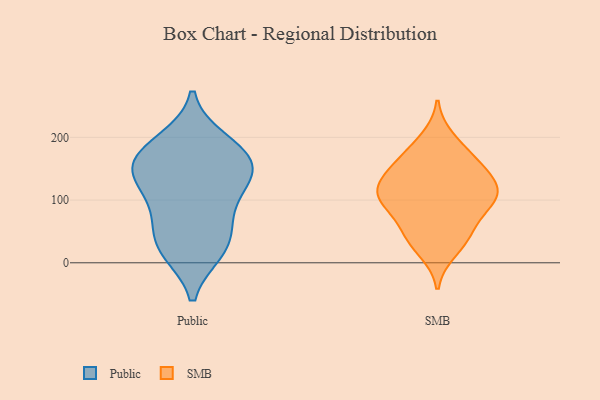
{"axis": {"x": "Bounce Rate (%)", "y": "Value"}, "legend": ["Public", "SMB"], "data": [{"x": "", "y": 182, "type": "Public"}, {"x": "", "y": 68, "type": "Public"}, {"x": "", "y": 142, "type": "Public"}, {"x": "", "y": 143, "type": "Public"}, {"x": "", "y": 194, "type": "Public"}, {"x": "", "y": 142, "type": "Public"}, {"x": "", "y": 19, "type": "Public"}, {"x": "", "y": 154, "type": "Public"}, {"x": "", "y": 23, "type": "Public"}, {"x": "", "y": 29, "type": "Public"}, {"x": "", "y": 80, "type": "Public"}, {"x": "", "y": 113, "type": "Public"}, {"x": "", "y": 175, "type": "Public"}, {"x": "", "y": 107, "type": "SMB"}, {"x": "", "y": 175, "type": "SMB"}, {"x": "", "y": 100, "type": "SMB"}, {"x": "", "y": 197, "type": "SMB"}, {"x": "", "y": 89, "type": "SMB"}, {"x": "", "y": 116, "type": "SMB"}, {"x": "", "y": 154, "type": "SMB"}, {"x": "", "y": 58, "type": "SMB"}, {"x": "", "y": 20, "type": "SMB"}, {"x": "", "y": 145, "type": "SMB"}, {"x": "", "y": 42, "type": "SMB"}, {"x": "", "y": 155, "type": "SMB"}, {"x": "", "y": 41, "type": "SMB"}, {"x": "", "y": 100, "type": "SMB"}, {"x": "", "y": 122, "type": "SMB"}, {"x": "", "y": 113, "type": "SMB"}]}